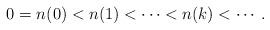
LaTeX: \begin{align*} 0= n(0) < n(1) < \dots < n(k) < \cdots .\end{align*}